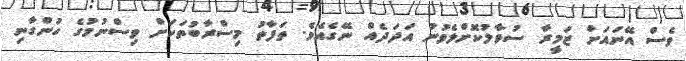
ވެސް އޭނައަށް ޒަމީރާ ސުވާލުކޮށްލެވުނު އަދަދެއް ނޭގެއެވެ. ތަފާތު މިސްރާބުތަކަށް ވިސްނުމުގެ ހުންގާނި